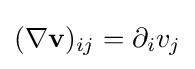
(\nabla {\mathbf {v} })_{ij}=\partial _{i}v_{j}